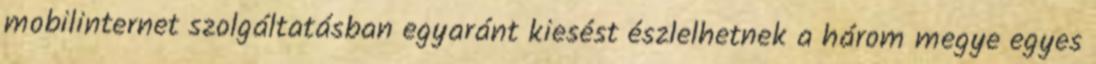
mobilinternet szolgáltatásban egyaránt kiesést észlelhetnek a három megye egyes